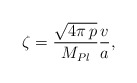
\begin{align*} \zeta=\frac{\sqrt{4\pi\, p}}{M_{Pl}}\frac{v}{a},\end{align*}